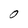
Character: O